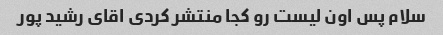
سلام پس اون لیست رو کجا منتشر کردی اقای رشید پور